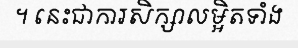
។ នេះជាការសិក្សាលម្អិតទាំង